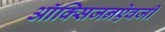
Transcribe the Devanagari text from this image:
ऑक्सिजनऐवजी